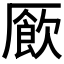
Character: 𫨜